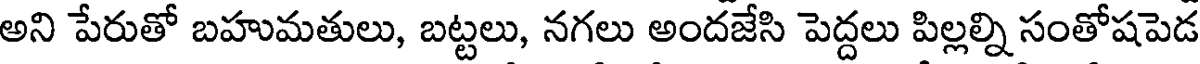
అని పేరుతో బహుమతులు, బట్టలు, నగలు అందజేసి పెద్దలు పిల్లల్ని సంతోషపెడ